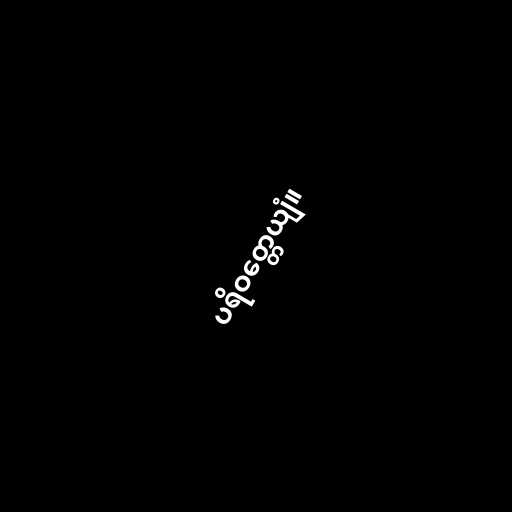
ပရိဝတ္တေယျံ။